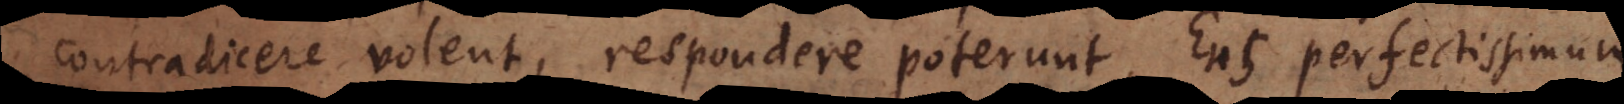
contradicere volent, respondere poterunt, Ens perfectissimum